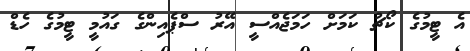
އެ ޓީމުގެ ކޯޗު ކަމަށް ހަމަޖެއްސީ އޭރު ސްޕެއިންގެ ގައުމީ ޓީމުގެ ހެޑް